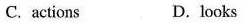
C.actions D.looks